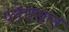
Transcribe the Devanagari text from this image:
प्लेएबल